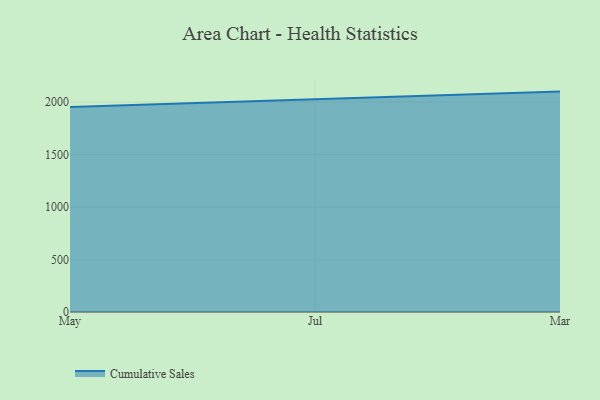
{"axis": {"x": "Month", "y": "Tickets Resolved"}, "legend": ["Cumulative Sales"], "data": [{"x": "May", "y": 1953.7, "type": "Cumulative Sales"}, {"x": "Jul", "y": 2023.6, "type": "Cumulative Sales"}, {"x": "Mar", "y": 2100.6, "type": "Cumulative Sales"}]}